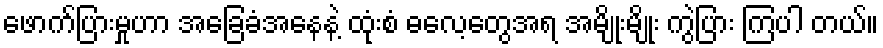
ဖောက်ပြားမှုဟာ အခြေခံအနေနဲ့ ထုံးစံ ဓလေ့တွေအရ အမျိုးမျိုး ကွဲပြား ကြပါ တယ်။